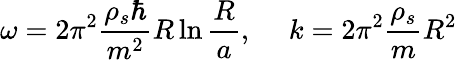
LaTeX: \omega=2\pi^{2}\frac{\rho_{s}\hbar}{m^{2}}R\ln\frac{R}{a},~~~~~k=2\pi^{2}\frac{\rho_{s}}{m}R^{2}